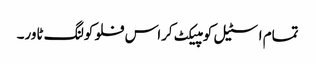
تمام اسٹیل کومپیکٹ کراس فلو کولنگ ٹاور۔